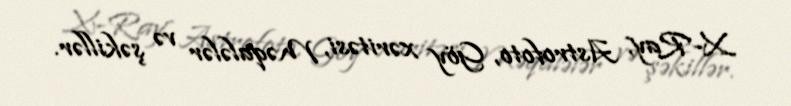
X-Ray, Astrofoto, Göy xəritəsi, Məqalələr və şəkillər.